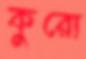
কুরো